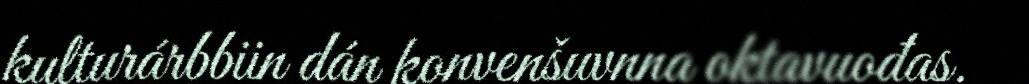
kulturárbbiin dán konvenšuvnna oktavuođas.